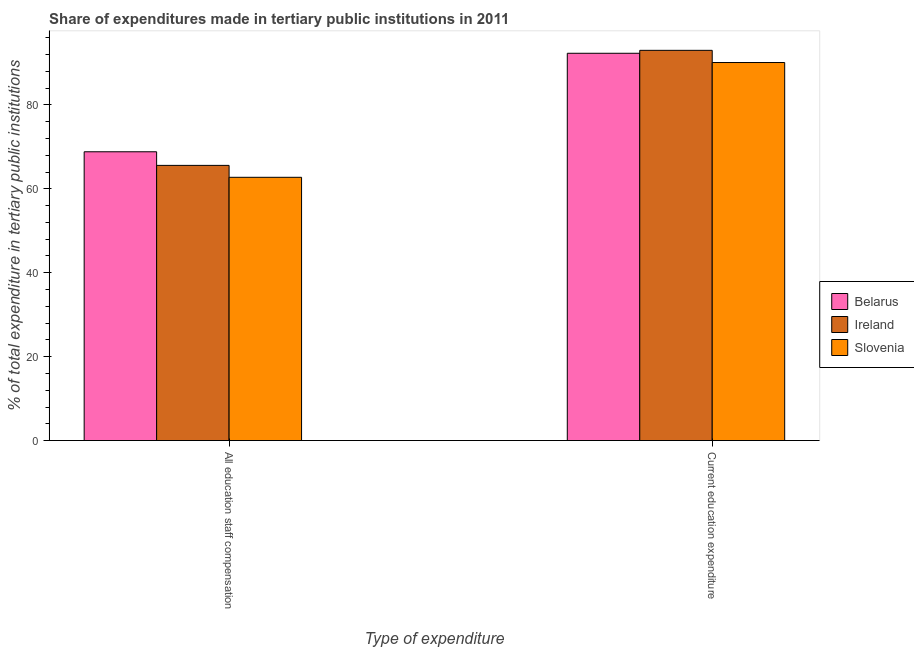
| Type of expenditure | Belarus | Ireland | Slovenia |
 | --- | --- | --- | --- |
 | All education staff compensation | 68.8 | 65.6 | 62.7 |
 | Current education expenditure | 92.3 | 93 | 90.1 |